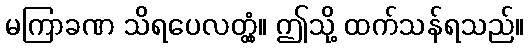
မကြာခဏ သိရပေလတ္တံ့။ ဤသို့ ထက်သန်ရသည်။